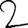
Digit: 2